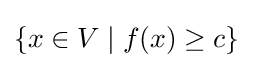
\{x\in V\mid f(x)\geq c\}